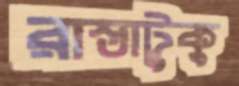
রাস্তাটুকু